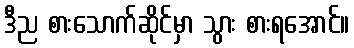
ဒီည စားသောက်ဆိုင်မှာ သွား စားရအောင်။